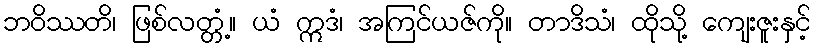
ဘဝိဿတိ၊ ဖြစ်လတ္တံ့။ ယံ ဣဒံ၊ အကြင်ယဇ်ကို။ တာဒိသံ၊ ထိုသို့ ကျေးဇူးနှင့်